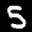
Label: 5